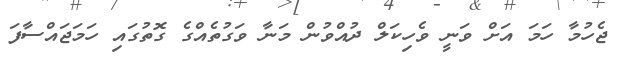
ޖެހުމާ ހަމަ އަށް ވަނީ ވެހިކަލް ދުއްވުން މަނާ ވަގުތެއްގެ ގޮތުގައި ހަމަޖައްސާފަ